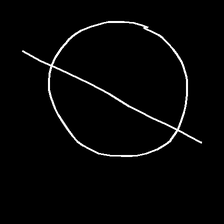
Glyph: orb